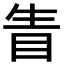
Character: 眚